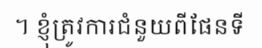
។ ខ្ញុំត្រូវការជំនួយពីផែនទី